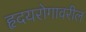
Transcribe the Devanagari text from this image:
हृदयरोगावरील